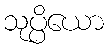
သုပ္ပိယော